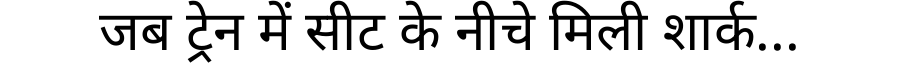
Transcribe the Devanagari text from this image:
जब ट्रेन में सीट के नीचे मिली शार्क...